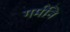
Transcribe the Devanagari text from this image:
गर्मनि